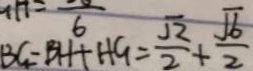
B G - B H + H G = \frac { \sqrt { 2 } } { 2 } + \frac { \sqrt { 6 } } { 2 }